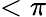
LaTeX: <\pi